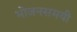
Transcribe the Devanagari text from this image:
भोजनसमयी